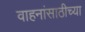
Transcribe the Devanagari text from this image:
वाहनांसाठीच्या